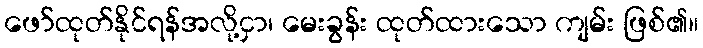
ဖော်ထုတ်နိုင်ရန်အလို့ငှာ၊ မေးခွန်း ထုတ်ထားသော ကျမ်း ဖြစ်၏။